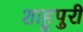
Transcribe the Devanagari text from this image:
शाहूपुरी